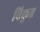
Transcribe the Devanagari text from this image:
विकृत्त